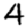
Digit: 4